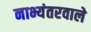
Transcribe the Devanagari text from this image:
नाभ्यंतरवाले